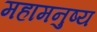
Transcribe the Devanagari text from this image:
महामनुष्य